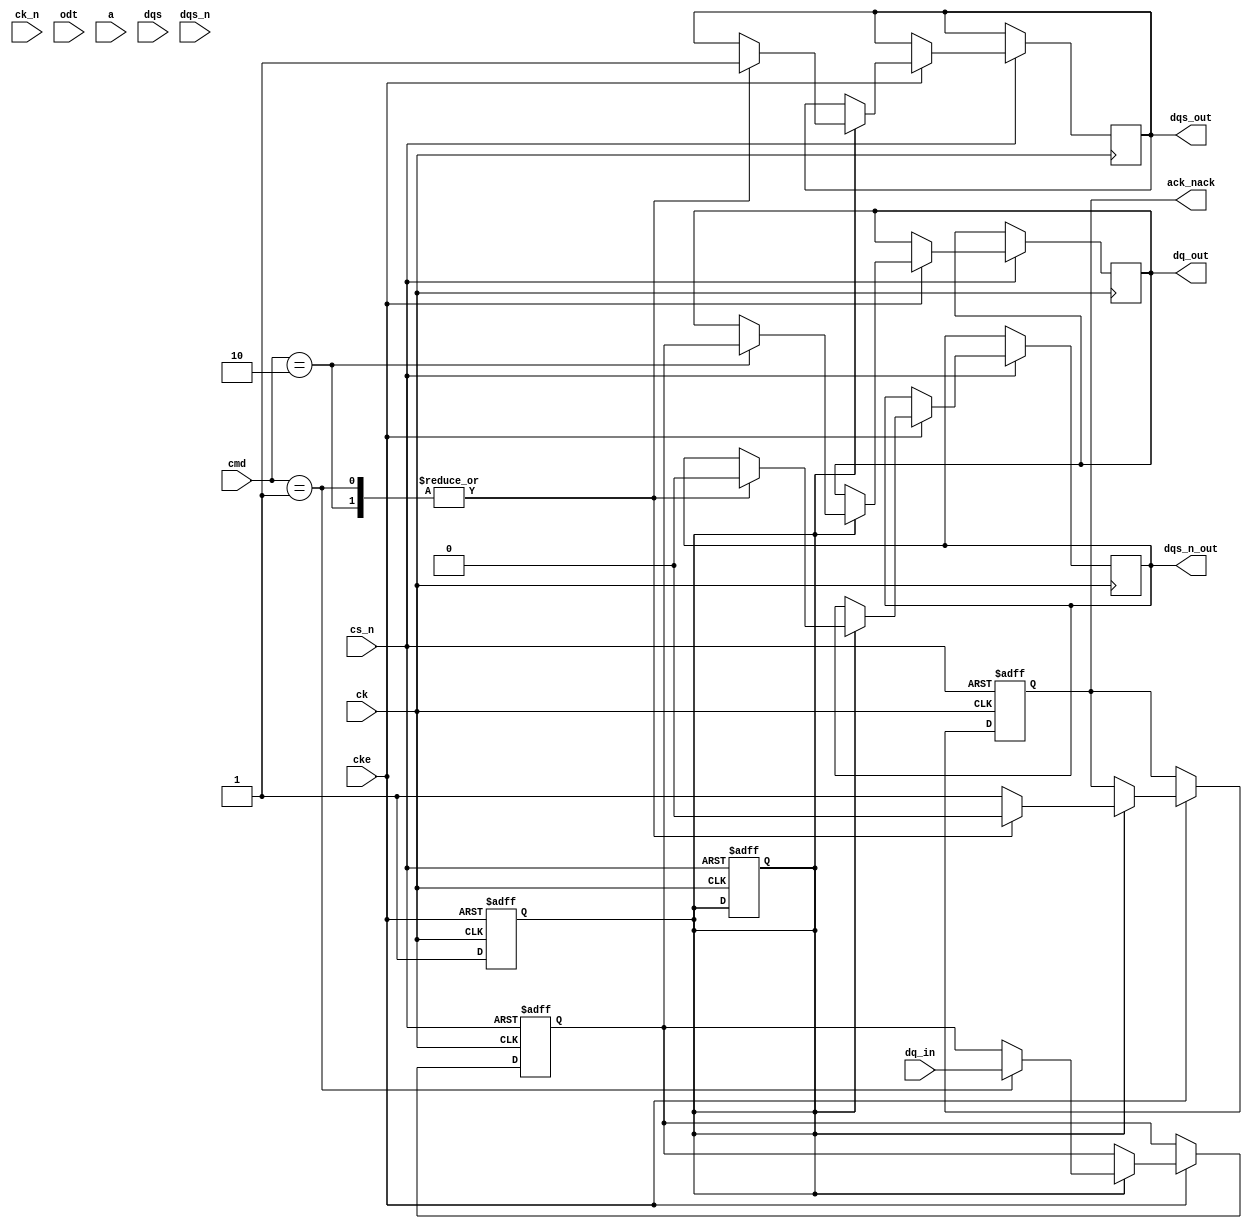
module gddr_io_block #(
    parameter DATA_WIDTH = 32, // Configurable data bus width
    parameter ADDR_WIDTH = 16   // Address width
)(
    // Input Signals
    input wire ck,              // Clock
    input wire ck_n,            // Inverted Clock
    input wire cke,             // Clock Enable
    input wire cs_n,            // Chip Select (active low)
    input wire odt,             // On-Die Termination
    input wire [ADDR_WIDTH-1:0] a, // Address lines
    input wire [3:0] cmd,       // Command lines
    input wire [DATA_WIDTH-1:0] dq_in, // Data input
    input wire dqs,             // Data Strobe
    input wire dqs_n,           // Inverted Data Strobe
    // Output Signals
    output reg [DATA_WIDTH-1:0] dq_out, // Data output
    output reg dqs_out,         // Data Strobe output
    output reg dqs_n_out,       // Inverted Data Strobe output
    output reg ack_nack          // Acknowledgment signal
);

    // Internal Signals
    reg [DATA_WIDTH-1:0] data_buffer; // Buffer for data
    reg [ADDR_WIDTH-1:0] address;      // Address register
    reg [3:0] command;                 // Command register
    reg power_state;                   // Power state register

    // Power Management States
    localparam POWER_ACTIVE = 1'b1;
    localparam POWER_IDLE = 1'b0;

    // Asynchronous Reset Logic
    always @(posedge ck or negedge cs_n) begin
        if (!cs_n) begin
            // Reset all registers
            data_buffer <= 0;
            address <= 0;
            command <= 0;
            power_state <= POWER_IDLE;
            ack_nack <= 1'b1; // NACK
        end else if (cke) begin
            // Power management: check if we need to transition states
            if (power_state == POWER_ACTIVE) begin
                // Handle commands
                case (cmd)
                    4'b0001: begin // Example command for Write
                        data_buffer <= dq_in;
                        // Generate DQS for write
                        dqs_out <= 1'b1;
                        dqs_n_out <= 1'b0;
                        ack_nack <= 1'b0; // ACK
                    end
                    4'b0010: begin // Example command for Read
                        dq_out <= data_buffer; // Output buffered data
                        // Generate DQS for read
                        dqs_out <= 1'b1;
                        dqs_n_out <= 1'b0;
                        ack_nack <= 1'b0; // ACK
                    end
                    default: begin
                        ack_nack <= 1'b1; // NACK for unrecognized commands
                    end
                endcase
            end
        end
    end

    // Timing Control Logic (simplified)
    always @(posedge ck) begin
        if (power_state == POWER_ACTIVE) begin
            // Logic to manage timing and synchronization
            // This is where you would implement PLL/DLL if needed
        end
    end

    // Power Management Logic
    always @(posedge ck or negedge cke) begin
        if (!cke) begin
            power_state <= POWER_IDLE; // Enter low-power mode
        end else begin
            power_state <= POWER_ACTIVE; // Active mode
        end
    end

endmodule